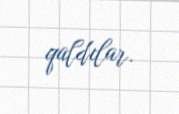
qaldılar.